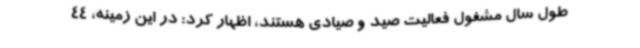
طول سال مشغول فعالیت صید و صیادی هستند، اظهار کرد: در این زمینه، 44